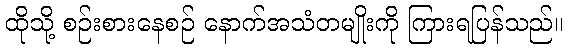
ထိုသို့ စဉ်းစားနေစဉ် နောက်အသံတမျိုးကို ကြားရပြန်သည်။